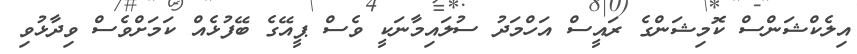
އިލެކްޝަންސް ކޮމިޝަންގެ ރައީސް އަހްމަދު ސުލައިމާނަކީ ވެސް ޕީއޭގެ ބޭފުޅެއް ކަމަށްވެސް ވިދާޅުވި